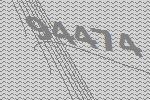
94474